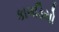
કાગડિયો